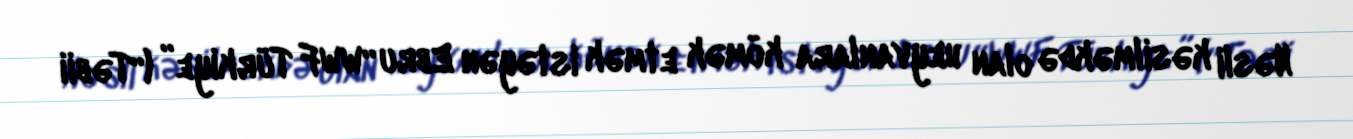
Nəsli kəsilməkdə olan heyvanlara kömək etmək istəyən Ebru “WWF Türkiye” (“Təbii